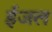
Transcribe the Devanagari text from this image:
ईजल